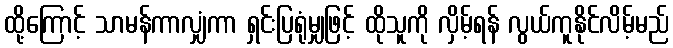
ထို့ကြောင့် သာမန်ကာလျှံကာ ရှင်းပြရုံမျှဖြင့် ထိုသူကို လှိမ့်ရန် လွယ်ကူနိုင်လိမ့်မည်